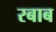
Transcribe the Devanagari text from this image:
रबाब